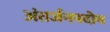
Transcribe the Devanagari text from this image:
अंतर्जनपदोय